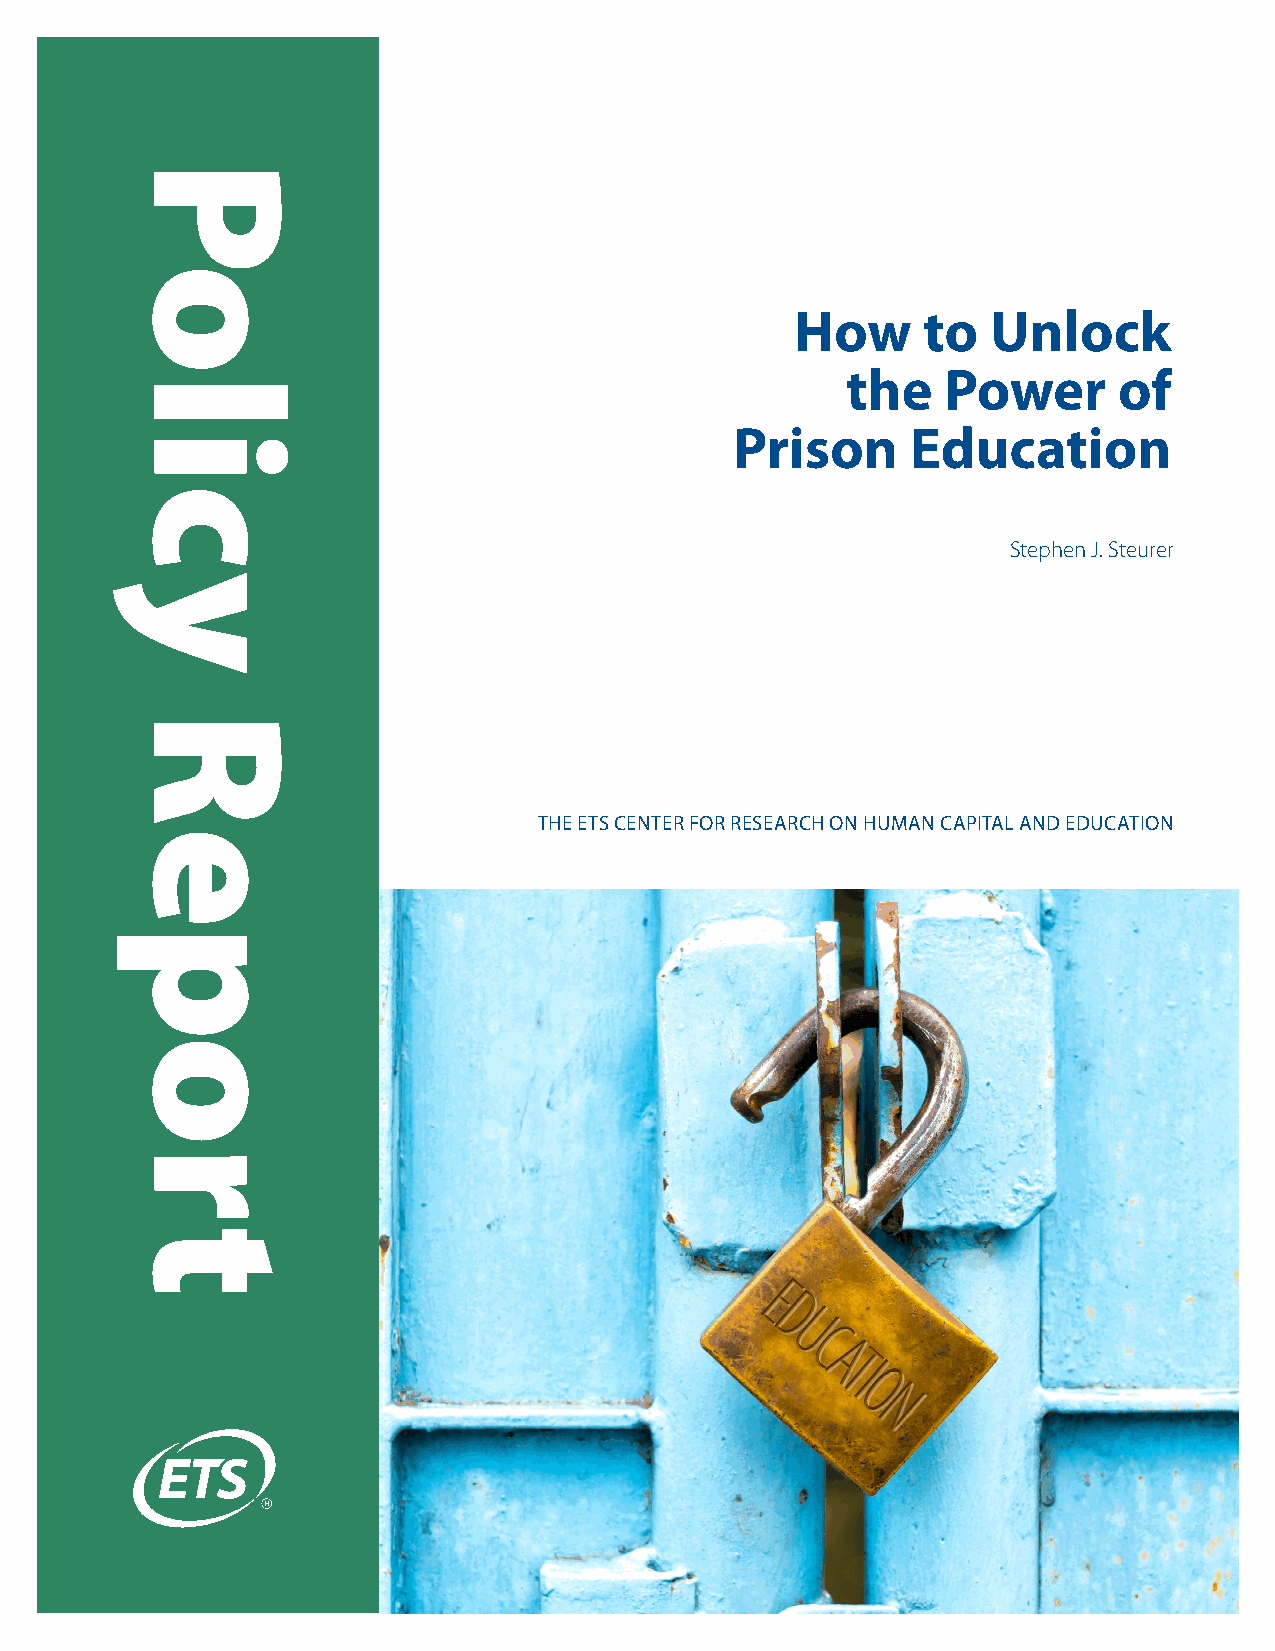
How     to   Unlock
 the    Power      of
 Prison     Education
 Stephen J. Steurer
 THE ETS CENTER FOR RESEARCH ON HUMAN CAPITAL AND EDUCATION
 Policy
 Report